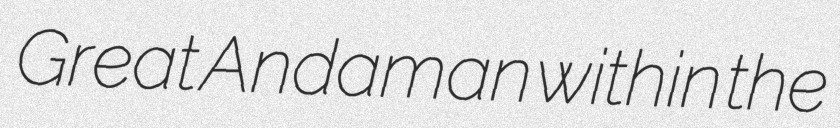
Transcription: Great Andaman within the